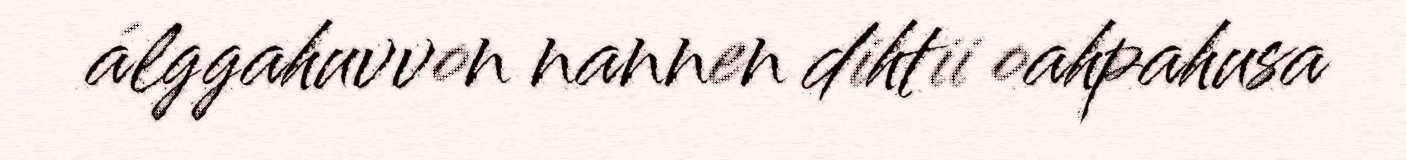
álggahuvvon nannen dihtii oahpahusa